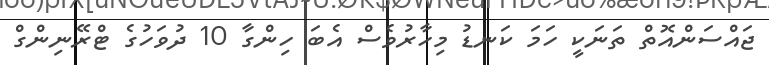
ޖައްސަންއޮތް ތަނަކީ ހަމަ ކަނޑު މިހާރުވެސް އެބަ ހިންގާ 10 ދުވަހުގެ ޓްރޭނިންގް